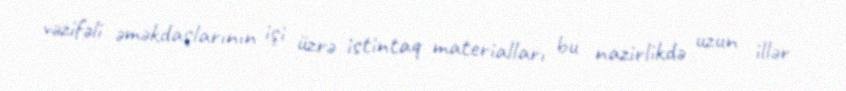
vəzifəli əməkdaşlarının işi üzrə istintaq materialları bu nazirlikdə uzun illər